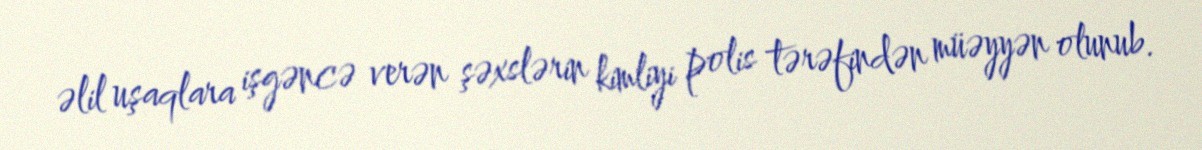
əlil uşaqlara işgəncə verən şəxslərin kimliyi polis tərəfindən müəyyən olunub.